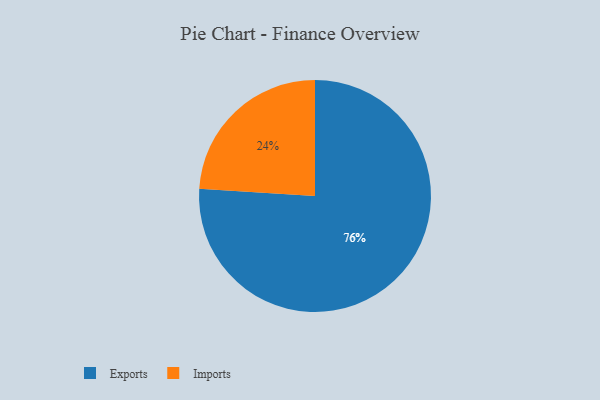
{"axis": {"x": "Category", "y": "Percentage"}, "legend": ["Exports", "Imports"], "data": [{"x": "Imports", "y": 24, "type": "Imports"}, {"x": "Exports", "y": 76, "type": "Exports"}]}